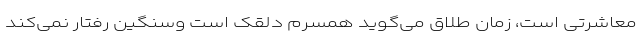
معاشرتی است، زمان طلاق می‌گوید همسرم دلقک است وسنگین رفتار نمی‌کند